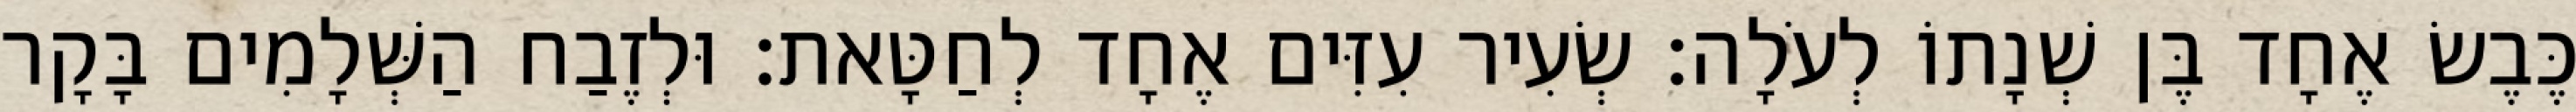
כֶּבֶשׂ אֶחָד בֶּן שְׁנָתוֹ לְעֹלָה׃ שְׂעִיר עִזִּים אֶחָד לְחַטָּאת׃ וּלְזֶבַח הַשְּׁלָמִים בָּקָר